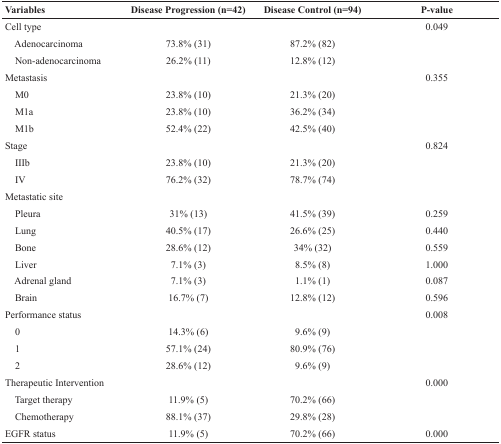
| Variables | Disease Progression (n=42) | Disease Control (n=94) | P-value |
 | --- | --- | --- | --- |
 | Cell type |  |  | 0.049 |
 | Adenocarcinoma | 73.8% (31) | 87.2% (82) |  |
 | Non-adenocarcinoma | 26.2% (11) | 12.8% (12) |  |
 | Metastasis |  |  | 0.355 |
 | M0 | 23.8% (10) | 21.3% (20) |  |
 | M1a | 23.8% (10) | 36.2% (34) |  |
 | M1b | 52.4% (22) | 42.5% (40) |  |
 | Stage |  |  | 0.824 |
 | IIIb | 23.8% (10) | 21.3% (20) |  |
 | IV | 76.2% (32) | 78.7% (74) |  |
 | Metastatic site |  |  |  |
 | Pleura | 31% (13) | 41.5% (39) | 0.259 |
 | Lung | 40.5% (17) | 26.6% (25) | 0.440 |
 | Bone | 28.6% (12) | 34% (32) | 0.559 |
 | Liver | 7.1% (3) | 8.5% (8) | 1.000 |
 | Adrenal gland | 7.1% (3) | 1.1% (1) | 0.087 |
 | Brain | 16.7% (7) | 12.8% (12) | 0.596 |
 | Performance status |  |  | 0.008 |
 | 0 | 14.3% (6) | 9.6% (9) |  |
 | 1 | 57.1% (24) | 80.9% (76) |  |
 | 2 | 28.6% (12) | 9.6% (9) |  |
 | Therapeutic Intervention |  |  | 0.000 |
 | Target therapy | 11.9% (5) | 70.2% (66) |  |
 | Chemotherapy | 88.1% (37) | 29.8% (28) |  |
 | EGFR status | 11.9% (5) | 70.2% (66) | 0.000 |